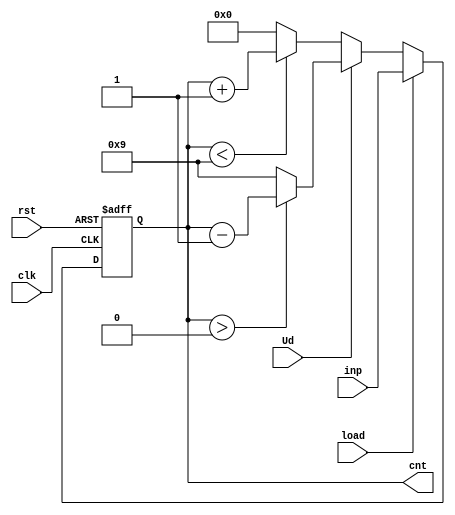
`timescale 1ns / 1ps
//////////////////////////////////////////////////////////////////////////////////
// Company: 
// Engineer: 
// 
// Design Name: 
// Module Name: up_downcounter_1dig
// Project Name: 
// Target Devices: 
// Tool Versions: 
// Description: 
// 
// Dependencies: 
// 
// Revision:
// Revision 0.01 - File Created
// Additional Comments:
// 
//////////////////////////////////////////////////////////////////////////////////


module up_downcounter_1dig
    (
    input clk, 
    input rst,
    //input En,
    input Ud,
    input load,
    input [3:0] inp,
    output [3:0] cnt
    );
    
    reg [3:0] upcnt_tmp;
    
    
    

    
    always@(posedge clk or posedge rst)
    begin
        if(rst)
           upcnt_tmp <= 0;
        else 
        begin
                
                        if(load)
                            upcnt_tmp <= inp;
                        else
                        begin
                                if(Ud)//count down
                                    begin
                                        if(upcnt_tmp > 0)
                                            upcnt_tmp <= upcnt_tmp-1;
                                        else
                                            upcnt_tmp <= 9;
                                    end
                                else
                                        if(~Ud) 
                                        begin
                                            if(upcnt_tmp < 9)        
                                                upcnt_tmp <= upcnt_tmp + 1;
                                            else
                                                upcnt_tmp <= 0;
                                        end
                                    end
                            
                       end     
                    
             end 
      
     
   assign cnt = upcnt_tmp;
   
   
endmodule